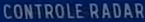
CONTROLE RADAR